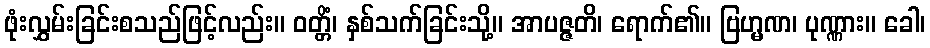
ဖုံးလွှမ်းခြင်းစသည်ဖြင့်လည်း။ ဝတ္တိံ၊ နှစ်သက်ခြင်းသို့။ အာပဇ္ဇတိ၊ ရောက်၏။ ဗြဟ္မဏ၊ ပုဏ္ဏား။ ခေါ၊